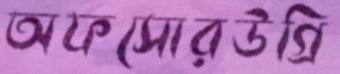
অফসোরউগ্‌রি